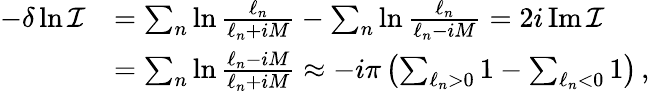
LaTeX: \begin{array}{rl}{-\delta\ln\mathcal{I}}&{=\sum_{n}\ln\frac{\ell_{n}}{\ell_{n}+iM}-\sum_{n}\ln\frac{\ell_{n}}{\ell_{n}-iM}=2i\operatorname{Im}\mathcal{I}}\\ &{=\sum_{n}\ln\frac{\ell_{n}-iM}{\ell_{n}+iM}\approx-i\pi\left(\sum_{\ell_{n}>0}1-\sum_{\ell_{n}<0}1\right)\, ,}\end{array}